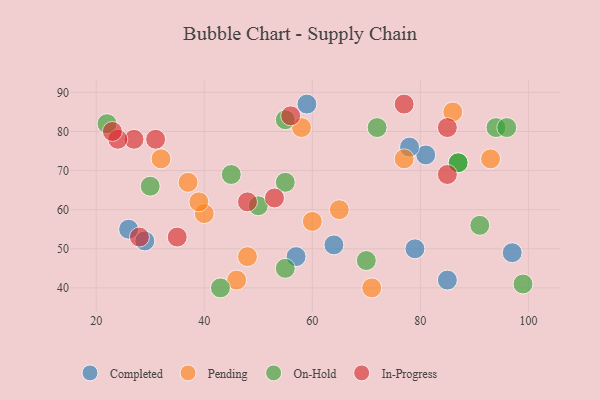
{"axis": {"x": "GDP", "y": "Life Expectancy"}, "legend": ["Completed", "In-Progress", "On-Hold", "Pending"], "data": [{"x": "81", "y": 74, "type": "Completed"}, {"x": "26", "y": 55, "type": "Completed"}, {"x": "59", "y": 87, "type": "Completed"}, {"x": "79", "y": 50, "type": "Completed"}, {"x": "57", "y": 48, "type": "Completed"}, {"x": "29", "y": 52, "type": "Completed"}, {"x": "78", "y": 76, "type": "Completed"}, {"x": "64", "y": 51, "type": "Completed"}, {"x": "97", "y": 49, "type": "Completed"}, {"x": "85", "y": 42, "type": "Completed"}, {"x": "40", "y": 59, "type": "Pending"}, {"x": "48", "y": 48, "type": "Pending"}, {"x": "32", "y": 73, "type": "Pending"}, {"x": "46", "y": 42, "type": "Pending"}, {"x": "71", "y": 40, "type": "Pending"}, {"x": "77", "y": 73, "type": "Pending"}, {"x": "93", "y": 73, "type": "Pending"}, {"x": "58", "y": 81, "type": "Pending"}, {"x": "39", "y": 62, "type": "Pending"}, {"x": "37", "y": 67, "type": "Pending"}, {"x": "65", "y": 60, "type": "Pending"}, {"x": "60", "y": 57, "type": "Pending"}, {"x": "86", "y": 85, "type": "Pending"}, {"x": "22", "y": 82, "type": "On-Hold"}, {"x": "72", "y": 81, "type": "On-Hold"}, {"x": "43", "y": 40, "type": "On-Hold"}, {"x": "94", "y": 81, "type": "On-Hold"}, {"x": "45", "y": 69, "type": "On-Hold"}, {"x": "55", "y": 45, "type": "On-Hold"}, {"x": "55", "y": 83, "type": "On-Hold"}, {"x": "87", "y": 72, "type": "On-Hold"}, {"x": "70", "y": 47, "type": "On-Hold"}, {"x": "30", "y": 66, "type": "On-Hold"}, {"x": "50", "y": 61, "type": "On-Hold"}, {"x": "96", "y": 81, "type": "On-Hold"}, {"x": "99", "y": 41, "type": "On-Hold"}, {"x": "91", "y": 56, "type": "On-Hold"}, {"x": "87", "y": 72, "type": "On-Hold"}, {"x": "55", "y": 67, "type": "On-Hold"}, {"x": "77", "y": 87, "type": "In-Progress"}, {"x": "27", "y": 78, "type": "In-Progress"}, {"x": "85", "y": 69, "type": "In-Progress"}, {"x": "48", "y": 62, "type": "In-Progress"}, {"x": "28", "y": 53, "type": "In-Progress"}, {"x": "56", "y": 84, "type": "In-Progress"}, {"x": "24", "y": 78, "type": "In-Progress"}, {"x": "53", "y": 63, "type": "In-Progress"}, {"x": "35", "y": 53, "type": "In-Progress"}, {"x": "23", "y": 80, "type": "In-Progress"}, {"x": "31", "y": 78, "type": "In-Progress"}, {"x": "85", "y": 81, "type": "In-Progress"}]}